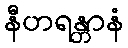
နီဟရန္တာနံ